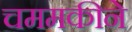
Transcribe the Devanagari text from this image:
चममकीने